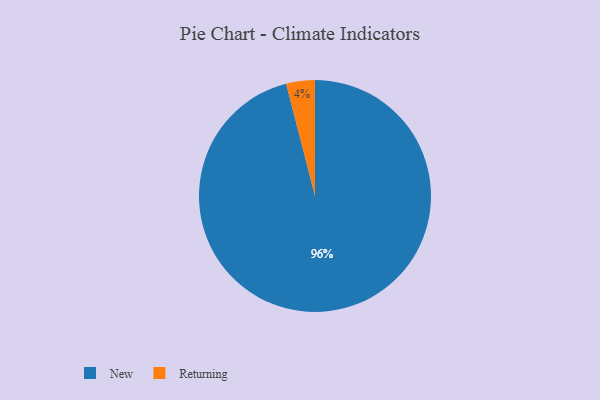
{"axis": {"x": "Category", "y": "Percentage"}, "legend": ["New", "Returning"], "data": [{"x": "Returning", "y": 4, "type": "Returning"}, {"x": "New", "y": 96, "type": "New"}]}